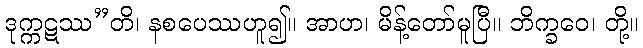
ဒုက္ကဋဿ”တိ၊ နစပေဿဟူ၍။ အာဟ၊ မိန့်တော်မူပြီ။ ဘိက္ခဝေ၊ တို့။